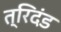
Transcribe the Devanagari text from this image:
त्रिदंड